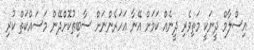
އިސްލާމް ދީނަކީ މަތިވެރި ދީނެއް ކަމަށް އޭނާ އަހަރެންނަށް ސާބިތުކޮށްދޭން މަސައްކަތް ކުރި